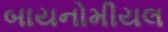
બાયનોમીયલ